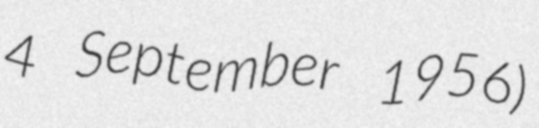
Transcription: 4 September 1956)